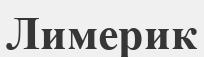
Лимерик